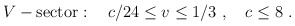
\begin{align*} V-{\rm sector}:{}~{}~{}~c/24\leq v\leq1/3{}~,{}~{}~{}~c\leq8{}~.\end{align*}